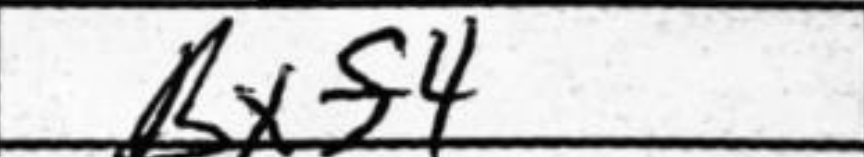
Transcription: Bxf4